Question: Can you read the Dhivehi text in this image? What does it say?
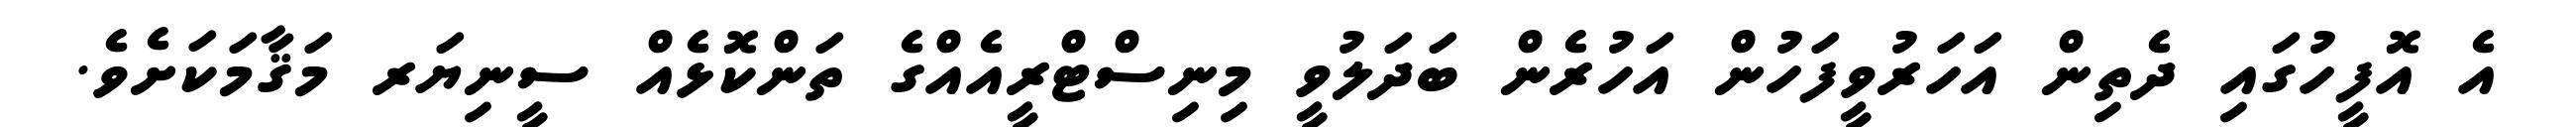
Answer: އެ އޮފީހުގައި ދެތިން އަހަރުވީފަހުން އަހުރެން ބަދަލުވީ މިނިސްޓްރީއެއްގެ ތަންކޮޅެއް ސީނިޔަރ މަޤާމަކަށެވެ.